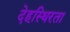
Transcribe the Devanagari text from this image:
देहस्थिरता